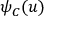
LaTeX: \psi _ { C } ( u )